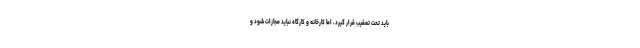
باید تحت تعقیب قرار گیرد، اما کارخانه و کارگاه نباید مجازات شود و